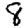
Digit: 8